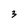
Character: 3